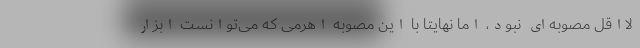
لااقل مصوبه‌ای نبود، اما نهایتا با این مصوبه اهرمی که می‌توانست ابزار